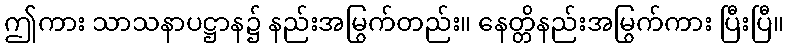
ဤကား သာသနာပဋ္ဌာန၌ နည်းအမြွက်တည်း။ နေတ္တိနည်းအမြွက်ကား ပြီးပြီ။